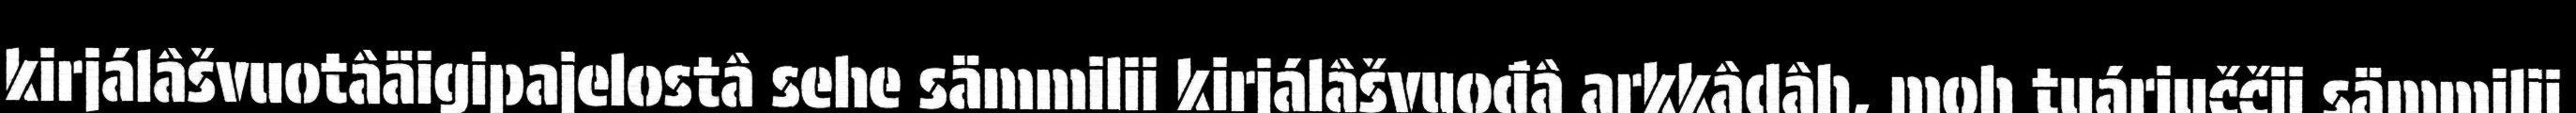
kirjálâšvuotâäigipajelostâ sehe sämmilii kirjálâšvuođâ arkkâdâh, moh tuárjuččii sämmilii